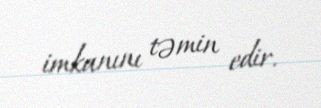
imkanını təmin edir.